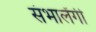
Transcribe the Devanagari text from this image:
संभालेंगी